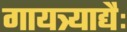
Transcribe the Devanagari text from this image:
गायत्र्याद्यैः